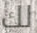
لك